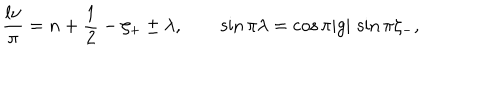
LaTeX: \frac { l \nu } { \pi } = n + \frac { 1 } { 2 } - \zeta _ { + } \pm \lambda , \qquad \sin \pi \lambda = \cos \pi | g | \, \sin \pi \zeta _ { - } ,